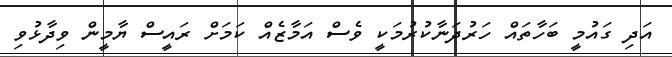
އަދި ގައުމީ ބަހާތައް ހަރުދަނާކުރުމަކީ ވެސް އަމާޒެއް ކަމަށް ރައީސް ޔާމީން ވިދާޅުވި